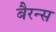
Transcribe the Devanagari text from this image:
बैरन्स